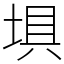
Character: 埧